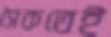
সৈকতেই